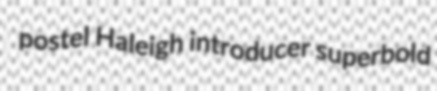
postel Haleigh introducer superbold